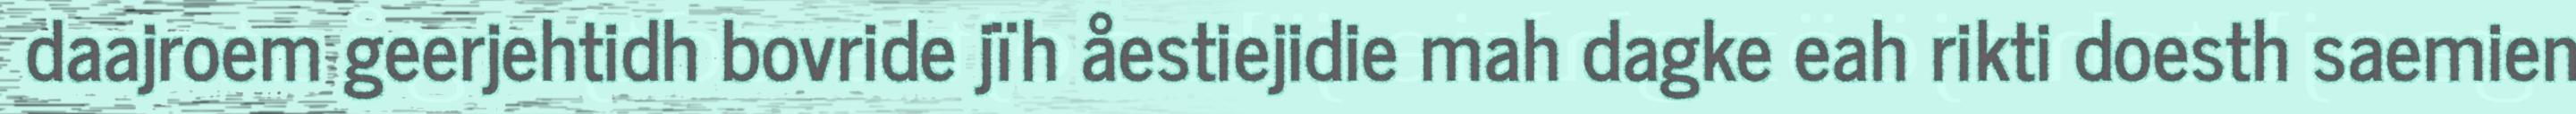
daajroem geerjehtidh bovride jïh åestiejidie mah dagke eah rikti doesth saemien